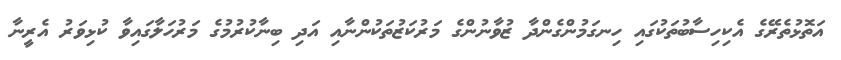
އަތޮޅުތެރޭގެ އެކިހިސާބުތަކުގައި ހިނގަމުންގެންދާ ޒުވާނުންގެ މަރުކަޒުތަކުންނާއި އަދި ބިނާކުރުމުގެ މަރުހަލާގައިވާ ކުޅިވަރު އެރީނާ